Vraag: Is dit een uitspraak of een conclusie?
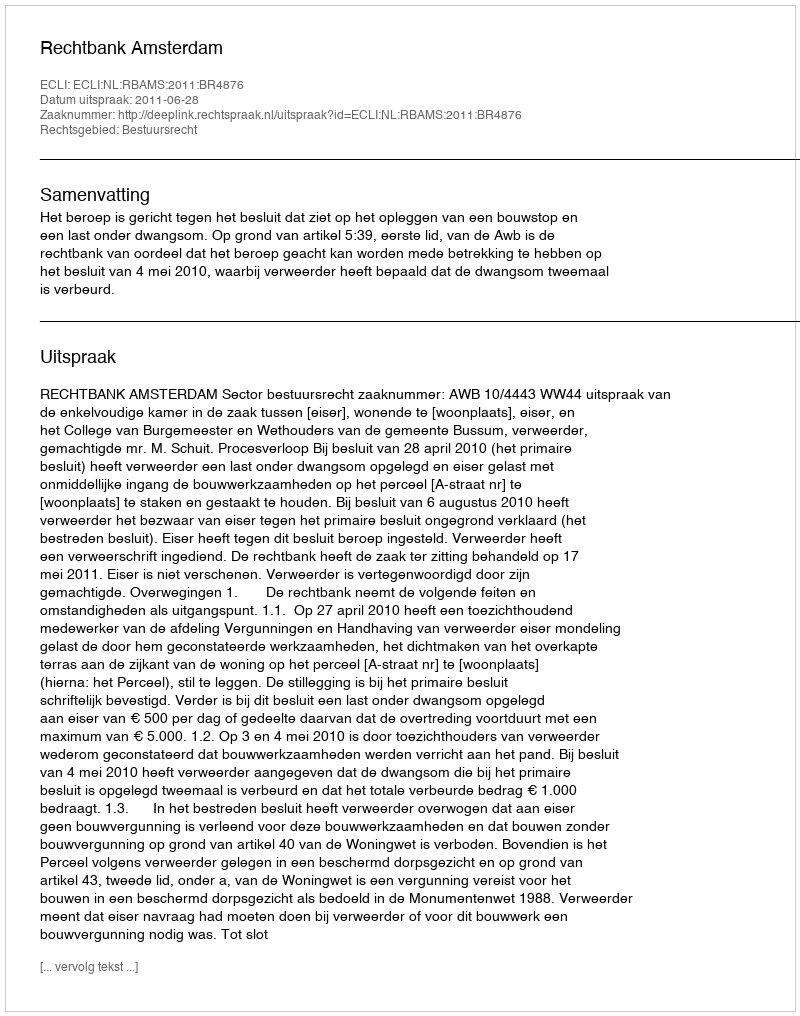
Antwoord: Uitspraak